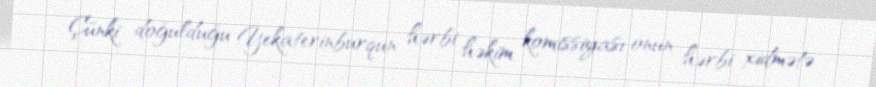
Çünki doğulduğu Yekaterinburqun hərbi həkim komissiyası onun hərbi xidmətə